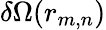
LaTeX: \delta\Omega(r_{m,n})